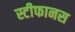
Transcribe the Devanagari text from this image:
स्टीफानस